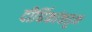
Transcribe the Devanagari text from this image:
दीर्घिकांकडून